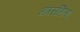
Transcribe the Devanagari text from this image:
मत्रसंहिता